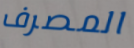
المصرف